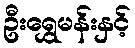
ဦးရွှေမန်းနှင့်